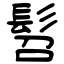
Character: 髫